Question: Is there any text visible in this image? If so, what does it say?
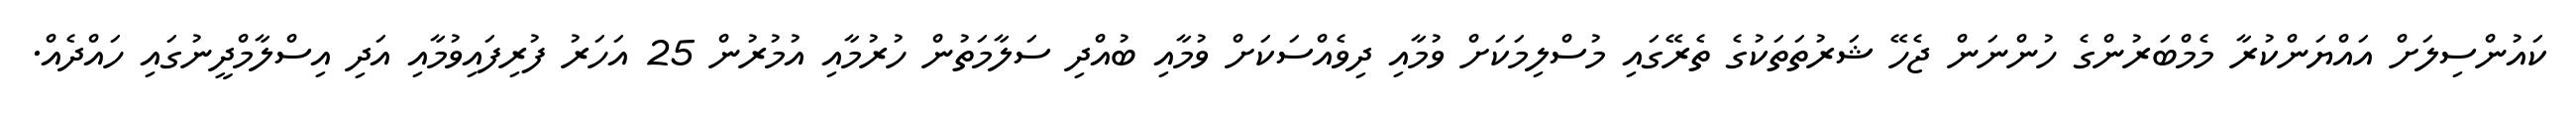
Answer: ކައުންސިލަށް އައްޔަންކުރާ މެމްބަރުންގެ ހުންނަން ޖެހޭ ޝަރުތަތަކުގެ ތެރޭގައި މުސްލިމަކަށް ވުމާއި ދިވެއްސަކަށް ވުމާއި ބުއްދި ސަލާމަތުން ހުރުމާއި އުމުރުން 25 އަހަރު ފުރިފައިވުމާއި އަދި އިސްލާމްދީނުގައި ހައްދެއް.